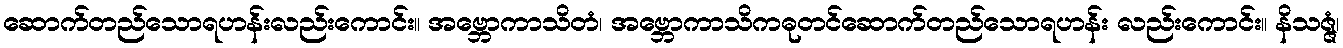
ဆောက်တည်သောရဟန်းလည်းကောင်း။ အဗ္ဘောကာသိတံ၊ အဗ္ဘောကာသိကဓုတင်ဆောက်တည်သောရဟန်း လည်းကောင်း။ နိသဇ္ဇံ၊